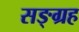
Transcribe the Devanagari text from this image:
सङ्ग्रह